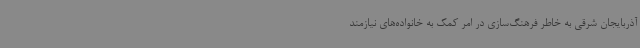
آذربایجان شرقی به خاطر فرهنگ‌سازی در امر کمک به خانواده‌های نیازمند